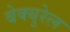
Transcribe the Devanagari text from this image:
बेक्युरेल